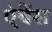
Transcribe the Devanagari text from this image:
एंथेंस